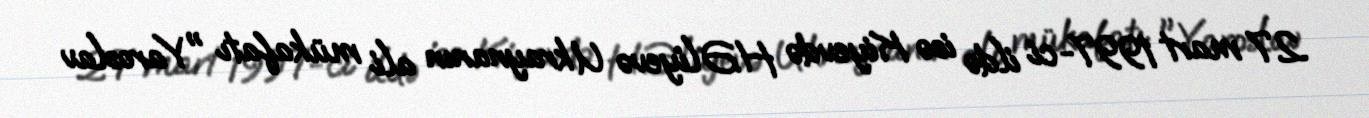
27 mart 1997-ci ildə isə Kiyevdə H.Əliyevə Ukraynanın ali mükafatı "Yaroslav